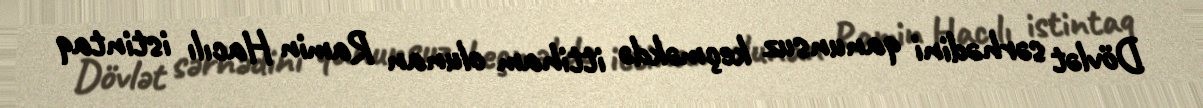
Dövlət sərhədini qanunsuz keçməkdə ittiham olunan Ramin Hacılı istintaq